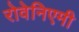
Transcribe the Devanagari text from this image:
रोवेनिएमी